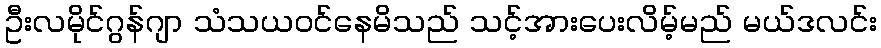
ဦးလမိုင်ဂွန်ဂျာ သံသယဝင်နေမိသည် သင့်အားပေးလိမ့်မည် မယ်ဒလင်း